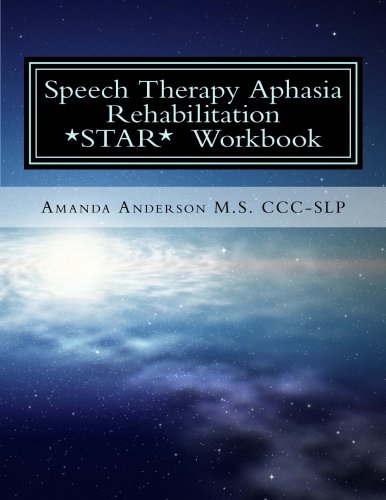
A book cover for Speech Therapy Aphasia Rehabilitation Workbook: Expressive and Written Language; Amanda Paige Anderson M.S. CCC-SLP; Medical Books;